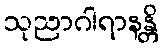
သုညာဂါရာနန္တိ